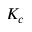
K _ { c }